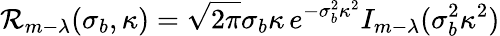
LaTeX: \mathcal{R}_{m-\lambda}(\sigma_{b},\kappa)=\sqrt{2\pi}\sigma_{b}\kappa\, e^{-\sigma_{b}^{2}\kappa^{2}}I_{m-\lambda}(\sigma_{b}^{2}\kappa^{2})